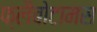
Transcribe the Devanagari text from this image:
फ्लैबोटामस